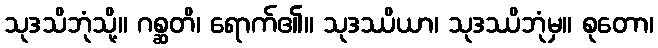
သုဒသိဘုံသို့။ ဂစ္ဆတိ၊ ရောက်၏။ သုဒဿိယာ၊ သုဒဿိဘုံမှ။ စုတော၊